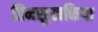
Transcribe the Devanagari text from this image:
तिनसुखकिया